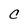
Character: C